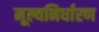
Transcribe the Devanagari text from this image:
मूल्यनिर्धारण